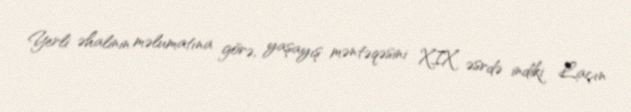
Yerli əhalinin məlumatına görə, yaşayış məntəqəsini XIX əsrdə indiki Laçın